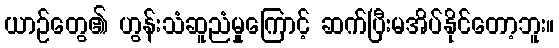
ယာဉ်တွေ၏ ဟွန်းသံဆူညံမှုကြောင့် ဆက်ပြီးမအိပ်နိုင်တော့ဘူး။